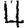
Digit: 4